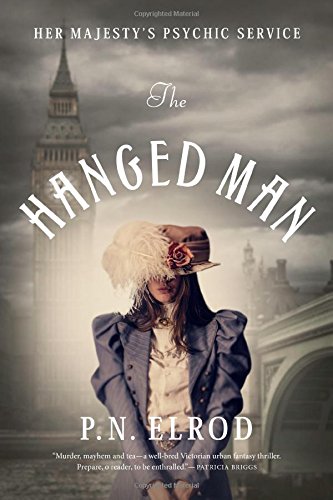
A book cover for The Hanged Man; P. N. Elrod; Science Fiction & Fantasy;